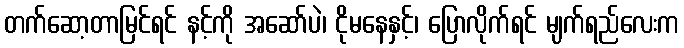
တက်ဆော့တာမြင်ရင် နင့်ကို အဆော်ပဲ၊ ငိုမနေနှင့်၊ ပြောလိုက်ရင် မျက်ရည်လေးက